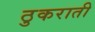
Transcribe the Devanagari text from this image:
ठुकराती